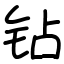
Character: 钻